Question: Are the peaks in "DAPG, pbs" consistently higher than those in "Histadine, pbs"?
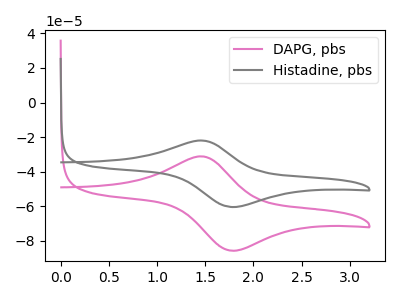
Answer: <think>The pink curve "DAPG, pbs" has an anodic peak at (1.45V, -31.10uA) and a cathodic peak at (1.80V, -85.60uA). The gray curve "Histadine, pbs" has an anodic peak at (1.45V, -21.90uA) and a cathodic peak at (1.80V, -60.35uA).</think>
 <answer>The peaks in "DAPG, pbs" are neither all higher or all lower than the peaks in "Histadine, pbs".</answer>
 <eval>mixed</eval>